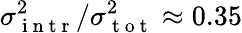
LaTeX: \sigma_{\mathrm{~i~n~t~r~}}^{2}/\sigma_{\mathrm{~t~o~t~}}^{2}\approx 0.35